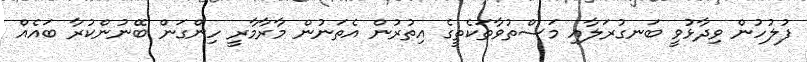
ފުލުހުން ވިދާޅުވީ ބަނގުރަލާއި މަސްތުވާތަކެތީގެ އިތުރުން އެތަނުން މާރާމާރީ ހިންގަން ބޭނުންކުރާ ބައެއް